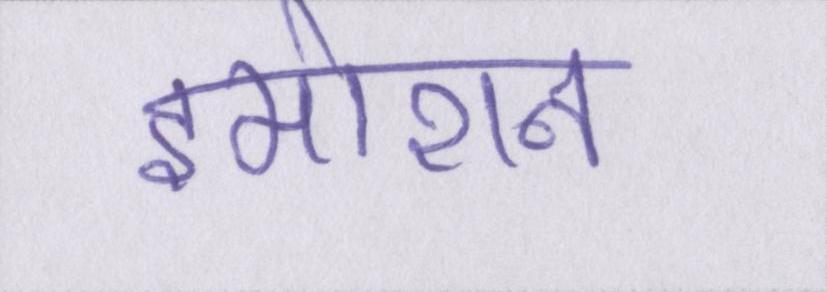
इमोशन